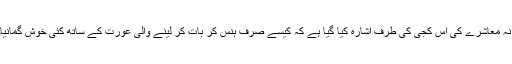
اس کہانی میں مردا نہ معاشرے کی اس کجی کی طرف اشارہ کیا گیا ہے کہ کیسے صرف ہنس کر بات کر لینے والی عورت کے ساتھ کئی خوش گمانیاں جوڑ لی جاتی ہیں۔